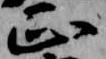
正